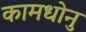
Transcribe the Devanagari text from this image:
कामधोनु